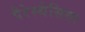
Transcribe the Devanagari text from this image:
पैरेस्थेसिया